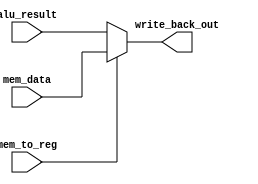
`timescale 1ns / 1ps
//////////////////////////////////////////////////////////////////////////////////
// Company: 
// Engineer: 
// 
// Design Name: 
// Module Name: write_back
// Project Name: 
// Target Devices: 
// Tool Versions: 
// Description: 
// 
// Dependencies: 
// 
// Revision:
// Revision 0.01 - File Created
// Additional Comments:
// 
//////////////////////////////////////////////////////////////////////////////////


module write_back(
    input [31:0] mem_data,
    input [31:0] alu_result,
    input mem_to_reg,
    
    output [31:0] write_back_out
);
    
    assign write_back_out = (mem_to_reg == 1'b1) ? mem_data : alu_result;

endmodule